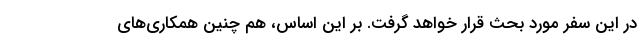
در این سفر مورد بحث قرار خواهد گرفت. بر این اساس، هم چنین همکاری‌های